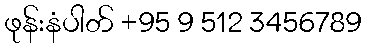
ဖုန်းနံပါတ် +95 9 512 3456789